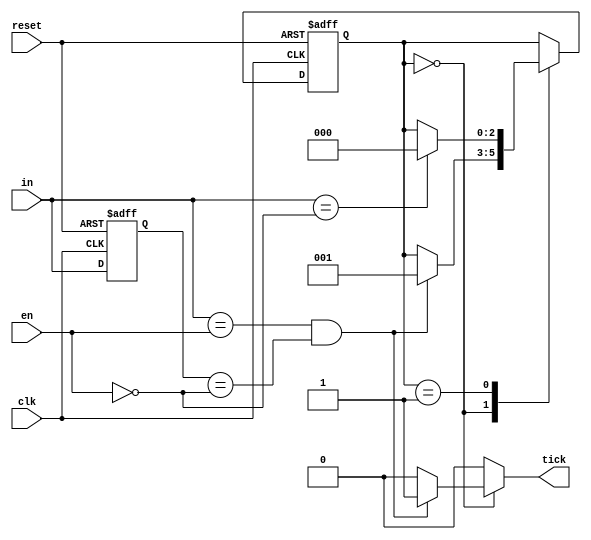
// A single input rising edge trigger synced to clk
module edge_trigger
(
	input wire clk, reset,
	input wire in, en,
	output reg tick
);

	localparam wait_trigger = 2'd0,
	           triggered = 2'd1;

	reg in_reg, in_next;
	reg [2:0] state_reg, state_next;
	
	always @(posedge clk, posedge reset)
		if (reset)
			begin
				in_reg <= 0;
				state_reg <= wait_trigger;
			end
		else
			begin
				in_reg <= in_next;
				state_reg <= state_next;
			end
			
	always @*
		begin
			in_next = in;
			state_next = state_reg;
			tick = 0;
			case (state_reg)
				wait_trigger:
					if (in_next == en && in_reg == ~en)
						begin
							state_next = triggered;
							tick = 1'b1;
						end
				triggered:
					if (in_next == ~en)
						state_next = wait_trigger;
			endcase
		end
				  
endmodule